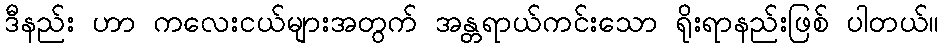
ဒီနည်း ဟာ ကလေးငယ်များအတွက် အန္တရာယ်ကင်းသော ရိုးရာနည်းဖြစ် ပါတယ်။